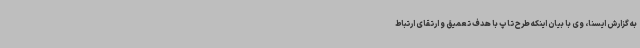
به گزارش ایسنا، وی با بیان اینکه طرح تاپ با هدف تعمیق و ارتقای ارتباط